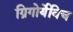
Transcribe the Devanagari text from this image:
ग्रिगोर्येविच